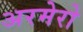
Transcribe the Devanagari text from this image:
अरमेरो